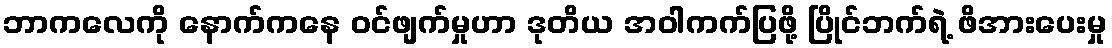
ဘာကလေကို နောက်ကနေ ဝင်ဖျက်မှုဟာ ဒုတိယ အဝါကက်ပြဖို့ ပြိုင်ဘက်ရဲ့ ဖိအားပေးမှု